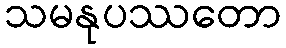
သမနုပဿတော